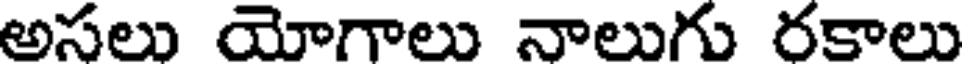
అసలు యోగాలు నాలుగు రకాలు